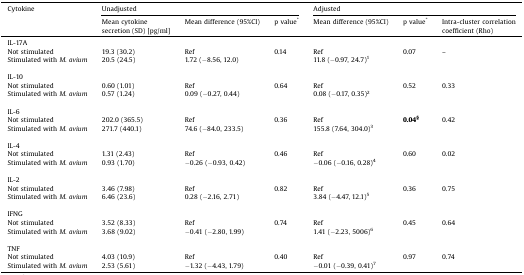
<table><thead><tr><td><b>Cytokine</b></td><td colspan="3"><b>Unadjusted</b></td><td colspan="3"><b>Adjusted</b></td></tr><tr><td></td><td><b>Mean cytokine secretion (SD) [pg/ml]</b></td><td><b>Mean difference (95%CI)</b></td><td><b>p value<sup>*</sup></b></td><td><b>Mean difference (95%CI)</b></td><td><b>p value<sup>*</sup></b></td><td><b>Intra-cluster correlation coefficient (Rho)</b></td></tr></thead><tbody><tr><td colspan="7">IL-17A</td></tr><tr><td>Not stimulated</td><td>19.3 (30.2)</td><td>Ref</td><td>0.14</td><td>Ref</td><td>0.07</td><td>–</td></tr><tr><td>Stimulated with <i>M. avium</i></td><td>20.5 (24.5)</td><td>1.72 (−8.56, 12.0)</td><td></td><td>11.8 (−0.97, 24.7)<sup>1</sup></td><td></td><td></td></tr><tr><td colspan="7">  </td></tr><tr><td colspan="7">IL-10</td></tr><tr><td>Not stimulated</td><td>0.60 (1.01)</td><td>Ref</td><td>0.64</td><td>Ref</td><td>0.52</td><td>0.33</td></tr><tr><td>Stimulated with <i>M. avium</i></td><td>0.57 (1.24)</td><td>0.09 (−0.27, 0.44)</td><td></td><td>0.08 (−0.17, 0.35)<sup>2</sup></td><td></td><td></td></tr><tr><td colspan="7">  </td></tr><tr><td colspan="7">IL-6</td></tr><tr><td>Not stimulated</td><td>202.0 (365.5)</td><td>Ref</td><td>0.36</td><td>Ref</td><td><b>0.04<sup>§</sup></b></td><td>0.42</td></tr><tr><td>Stimulated with <i>M. avium</i></td><td>271.7 (440.1)</td><td>74.6 (−84.0, 233.5)</td><td></td><td>155.8 (7.64, 304.0)<sup>3</sup></td><td></td><td></td></tr><tr><td colspan="7">  </td></tr><tr><td colspan="7">IL-4</td></tr><tr><td>Not stimulated</td><td>1.31 (2.43)</td><td>Ref</td><td>0.46</td><td>Ref</td><td>0.60</td><td>0.02</td></tr><tr><td>Stimulated with <i>M. avium</i></td><td>0.93 (1.70)</td><td>−0.26 (−0.93, 0.42)</td><td></td><td>−0.06 (−0.16, 0.28)<sup>4</sup></td><td></td><td></td></tr><tr><td colspan="7">  </td></tr><tr><td colspan="7">IL-2</td></tr><tr><td>Not stimulated</td><td>3.46 (7.98)</td><td>Ref</td><td>0.82</td><td>Ref</td><td>0.36</td><td>0.75</td></tr><tr><td>Stimulated with <i>M. avium</i></td><td>6.46 (23.6)</td><td>0.28 (−2.16, 2.71)</td><td></td><td>3.84 (−4.47, 12.1)<sup>5</sup></td><td></td><td></td></tr><tr><td colspan="7">  </td></tr><tr><td colspan="7">IFNG</td></tr><tr><td>Not stimulated</td><td>3.52 (8.33)</td><td>Ref</td><td>0.74</td><td>Ref</td><td>0.45</td><td>0.64</td></tr><tr><td>Stimulated with <i>M. avium</i></td><td>3.68 (9.02)</td><td>−0.41 (−2.80, 1.99)</td><td></td><td>1.41 (−2.23, 5006)<sup>6</sup></td><td></td><td></td></tr><tr><td colspan="7">  </td></tr><tr><td colspan="7">TNF</td></tr><tr><td>Not stimulated</td><td>4.03 (10.9)</td><td>Ref</td><td>0.40</td><td>Ref</td><td>0.97</td><td>0.74</td></tr><tr><td>Stimulated with <i>M. avium</i></td><td>2.53 (5.61)</td><td>−1.32 (−4.43, 1.79)</td><td></td><td>−0.01 (−0.39, 0.41)<sup>7</sup></td><td></td><td></td></tr></tbody></table>